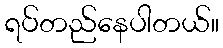
ရပ်တည်နေပါတယ်။